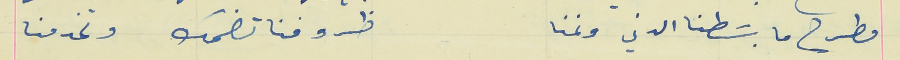
مطرح ما بسَطنا الدني ونمنا                                     ظروفنا تضحك وتخدمنا